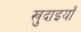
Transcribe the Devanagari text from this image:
खुदाइयाँ